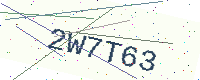
Text: 2W7T63